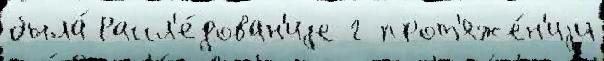
была́ Рассл'е́дован'иjе г прот'яже́н'иjи